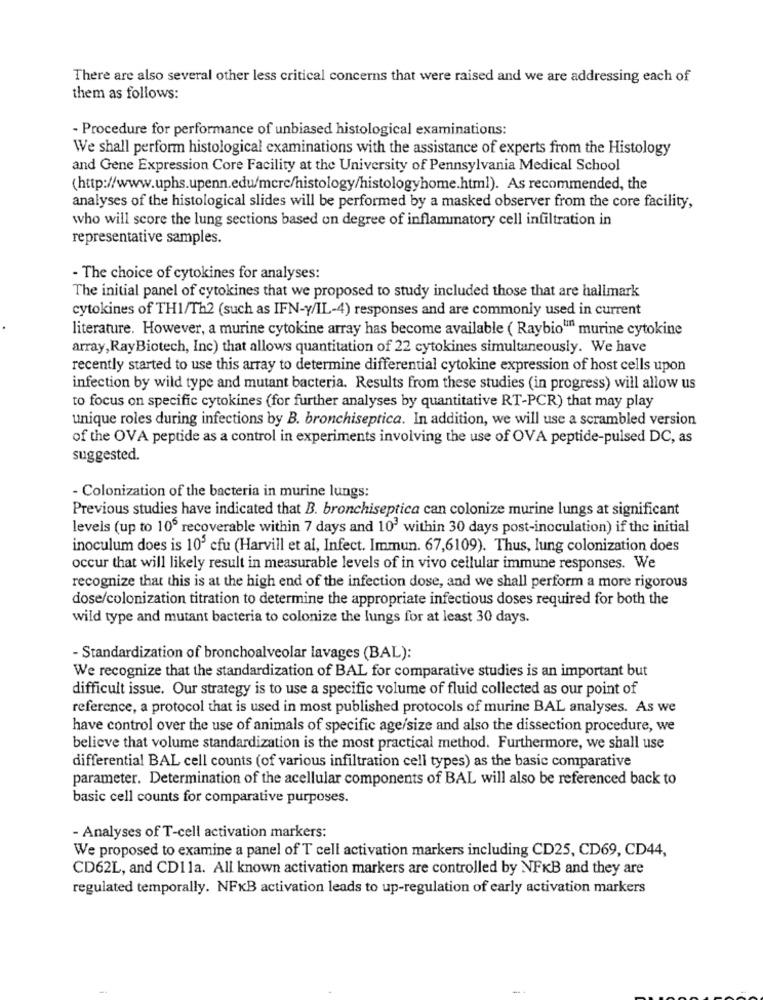
There are also several other less critical concerns that were raised and we are addressing each of
them as follows:
- Procedure for performance of unbiased histological examinations:
We shall perform histological examinations with the assistance of experts from the Histology
and Gene Expression Core Facility at the University of Pennsylvania Medical School
(http://www.uphs.upenn.edu/mcrc/histology/histologyhome.html). As recommended, the
analyses of the histological slides will be performed by a masked observer from the core facility,
who will score the lung sections based on degree of inflammatory cell infiltration in
representative samples.
- The choice of cytokines for analyses:
The initial panel of cytokines that we proposed to study included those that are hallmark
cytokines of TH1/Th2 (such as IFN-y/IL-4) responses and are commonly used in current
literature. However, a murine cytokine array has become available ( Raybio" murine cytokine
array, RayBiotech, Inc) that allows quantitation of 22 cytokines simultaneously. We have
recently started to use this array to determine differential cytokine expression of host cells upon
infection by wild type and mutant bacteria. Results from these studies (in progress) will allow us
to focus on specific cytokines (for further analyses by quantitative RT-PCR) that may play
unique roles during infections by B. bronchiseptica. In addition, we will use a scrambled version
of the OVA peptide as a control in experiments involving the use of OVA peptide-pulsed DC, as
suggested.
- Colonization of the bacteria in murine lungs:
Previous studies have indicated that B. bronchiseptica can colonize murine lungs at significant
levels (up to 10º recoverable within 7 days and 10' within 30 days post-inoculation) if the initial
inoculum does is 105 cfu (Harvill et al, Infect. Immun. 67,6109). Thus, lung colonization does
occur that will likely result in measurable levels of in vivo cellular immune responses. We
recognize that this is at the high end of the infection dose, and we shall perform a more rigorous
dose/colonization titration to determine the appropriate infectious doses required for both the
wild type and mutant bacteria to colonize the lungs for at least 30 days.
- Standardization of bronchoalveolar lavages (BAL):
We recognize that the standardization of BAL for comparative studies is an important but
difficult issue. Our strategy is to use a specific volume of fluid collected as our point of
reference, a protocol that is used in most published protocols of murine BAL analyses. As we
have control over the use of animals of specific age/size and also the dissection procedure, we
believe that volume standardization is the most practical method. Furthermore, we shall use
differential BAL cell counts (of various infiltration cell types) as the basic comparative
parameter. Determination of the acellular components of BAL will also be referenced back to
basic cell counts for comparative purposes.
- Analyses of T-cell activation markers:
We proposed to examine a panel of T cell activation markers including CD25, CD69, CD44,
CD62L, and CD11a. All known activation markers are controlled by NFKB and they are
regulated temporally. NFKB activation leads to up-regulation of early activation markers